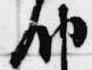
納